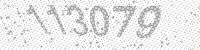
Solution: 113079